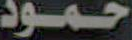
حمود